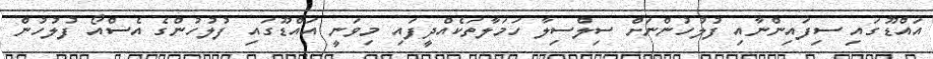
އައްޑޫގައި ސިފައިންނާއި ފުލުހުންނަށް ސިލްސިލާ ހަމަލާތަކެއްދީފައި މިވަނީ އައްޑޫގައި ފުލުހުންގެ އެސްއޯ ފުލުހުން